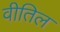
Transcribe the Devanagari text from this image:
वीतिल